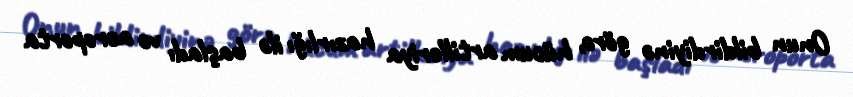
Onun bildirdiyinə görə, hücum artilleriya hazırlığı ilə başladı və aeroporta